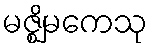
မဇ္ဈိမကေသု